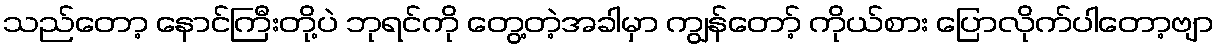
သည်တော့ နောင်ကြီးတို့ပဲ ဘုရင်ကို တွေ့တဲ့အခါမှာ ကျွန်တော့် ကိုယ်စား ပြောလိုက်ပါတော့ဗျာ